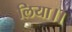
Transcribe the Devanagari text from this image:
लिया।।